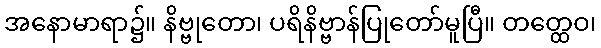
အနောမာရာ၌။ နိဗ္ဗုတော၊ ပရိနိဗ္ဗာန်ပြုတော်မူပြီ။ တတ္ထေဝ၊